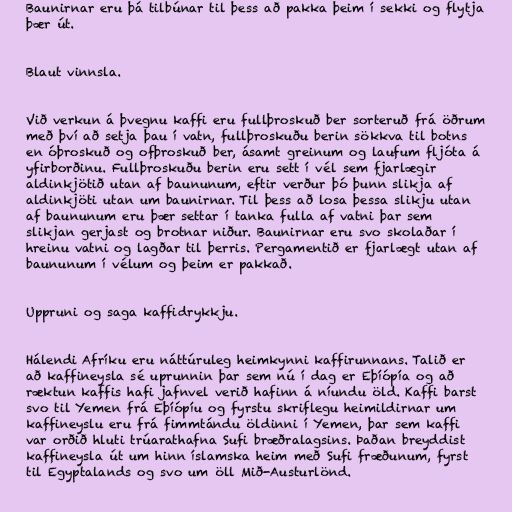
Baunirnar eru þá tilbúnar til þess að pakka þeim í sekki og flytja
þær út.

Blaut vinnsla.

Við verkun á þvegnu kaffi eru fullþroskuð ber sorteruð frá öðrum
með því að setja þau í vatn, fullþroskuðu berin sökkva til botns
en óþroskuð og ofþroskuð ber, ásamt greinum og laufum fljóta á
yfirborðinu. Fullþroskuðu berin eru sett í vél sem fjarlægir
aldinkjötið utan af baununum, eftir verður þó þunn slikja af
aldinkjöti utan um baunirnar. Til þess að losa þessa slikju utan
af baununum eru þær settar í tanka fulla af vatni þar sem
slikjan gerjast og brotnar niður. Baunirnar eru svo skolaðar í
hreinu vatni og lagðar til þerris. Pergamentið er fjarlægt utan af
baununum í vélum og þeim er pakkað.

Uppruni og saga kaffidrykkju.

Hálendi Afríku eru náttúruleg heimkynni kaffirunnans. Talið er
að kaffineysla sé uprunnin þar sem nú í dag er Eþíópía og að
ræktun kaffis hafi jafnvel verið hafinn á níundu öld. Kaffi barst
svo til Yemen frá Eþíópíu og fyrstu skriflegu heimildirnar um
kaffineyslu eru frá fimmtándu öldinni í Yemen, þar sem kaffi
var orðið hluti trúarathafna Sufi bræðralagsins. Þaðan breyddist
kaffineysla út um hinn íslamska heim með Sufi fræðunum, fyrst
til Egyptalands og svo um öll Mið-Austurlönd.